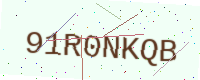
Text: 91R0NKQB